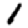
Digit: 1